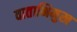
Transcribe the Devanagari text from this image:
वाताभिमुख